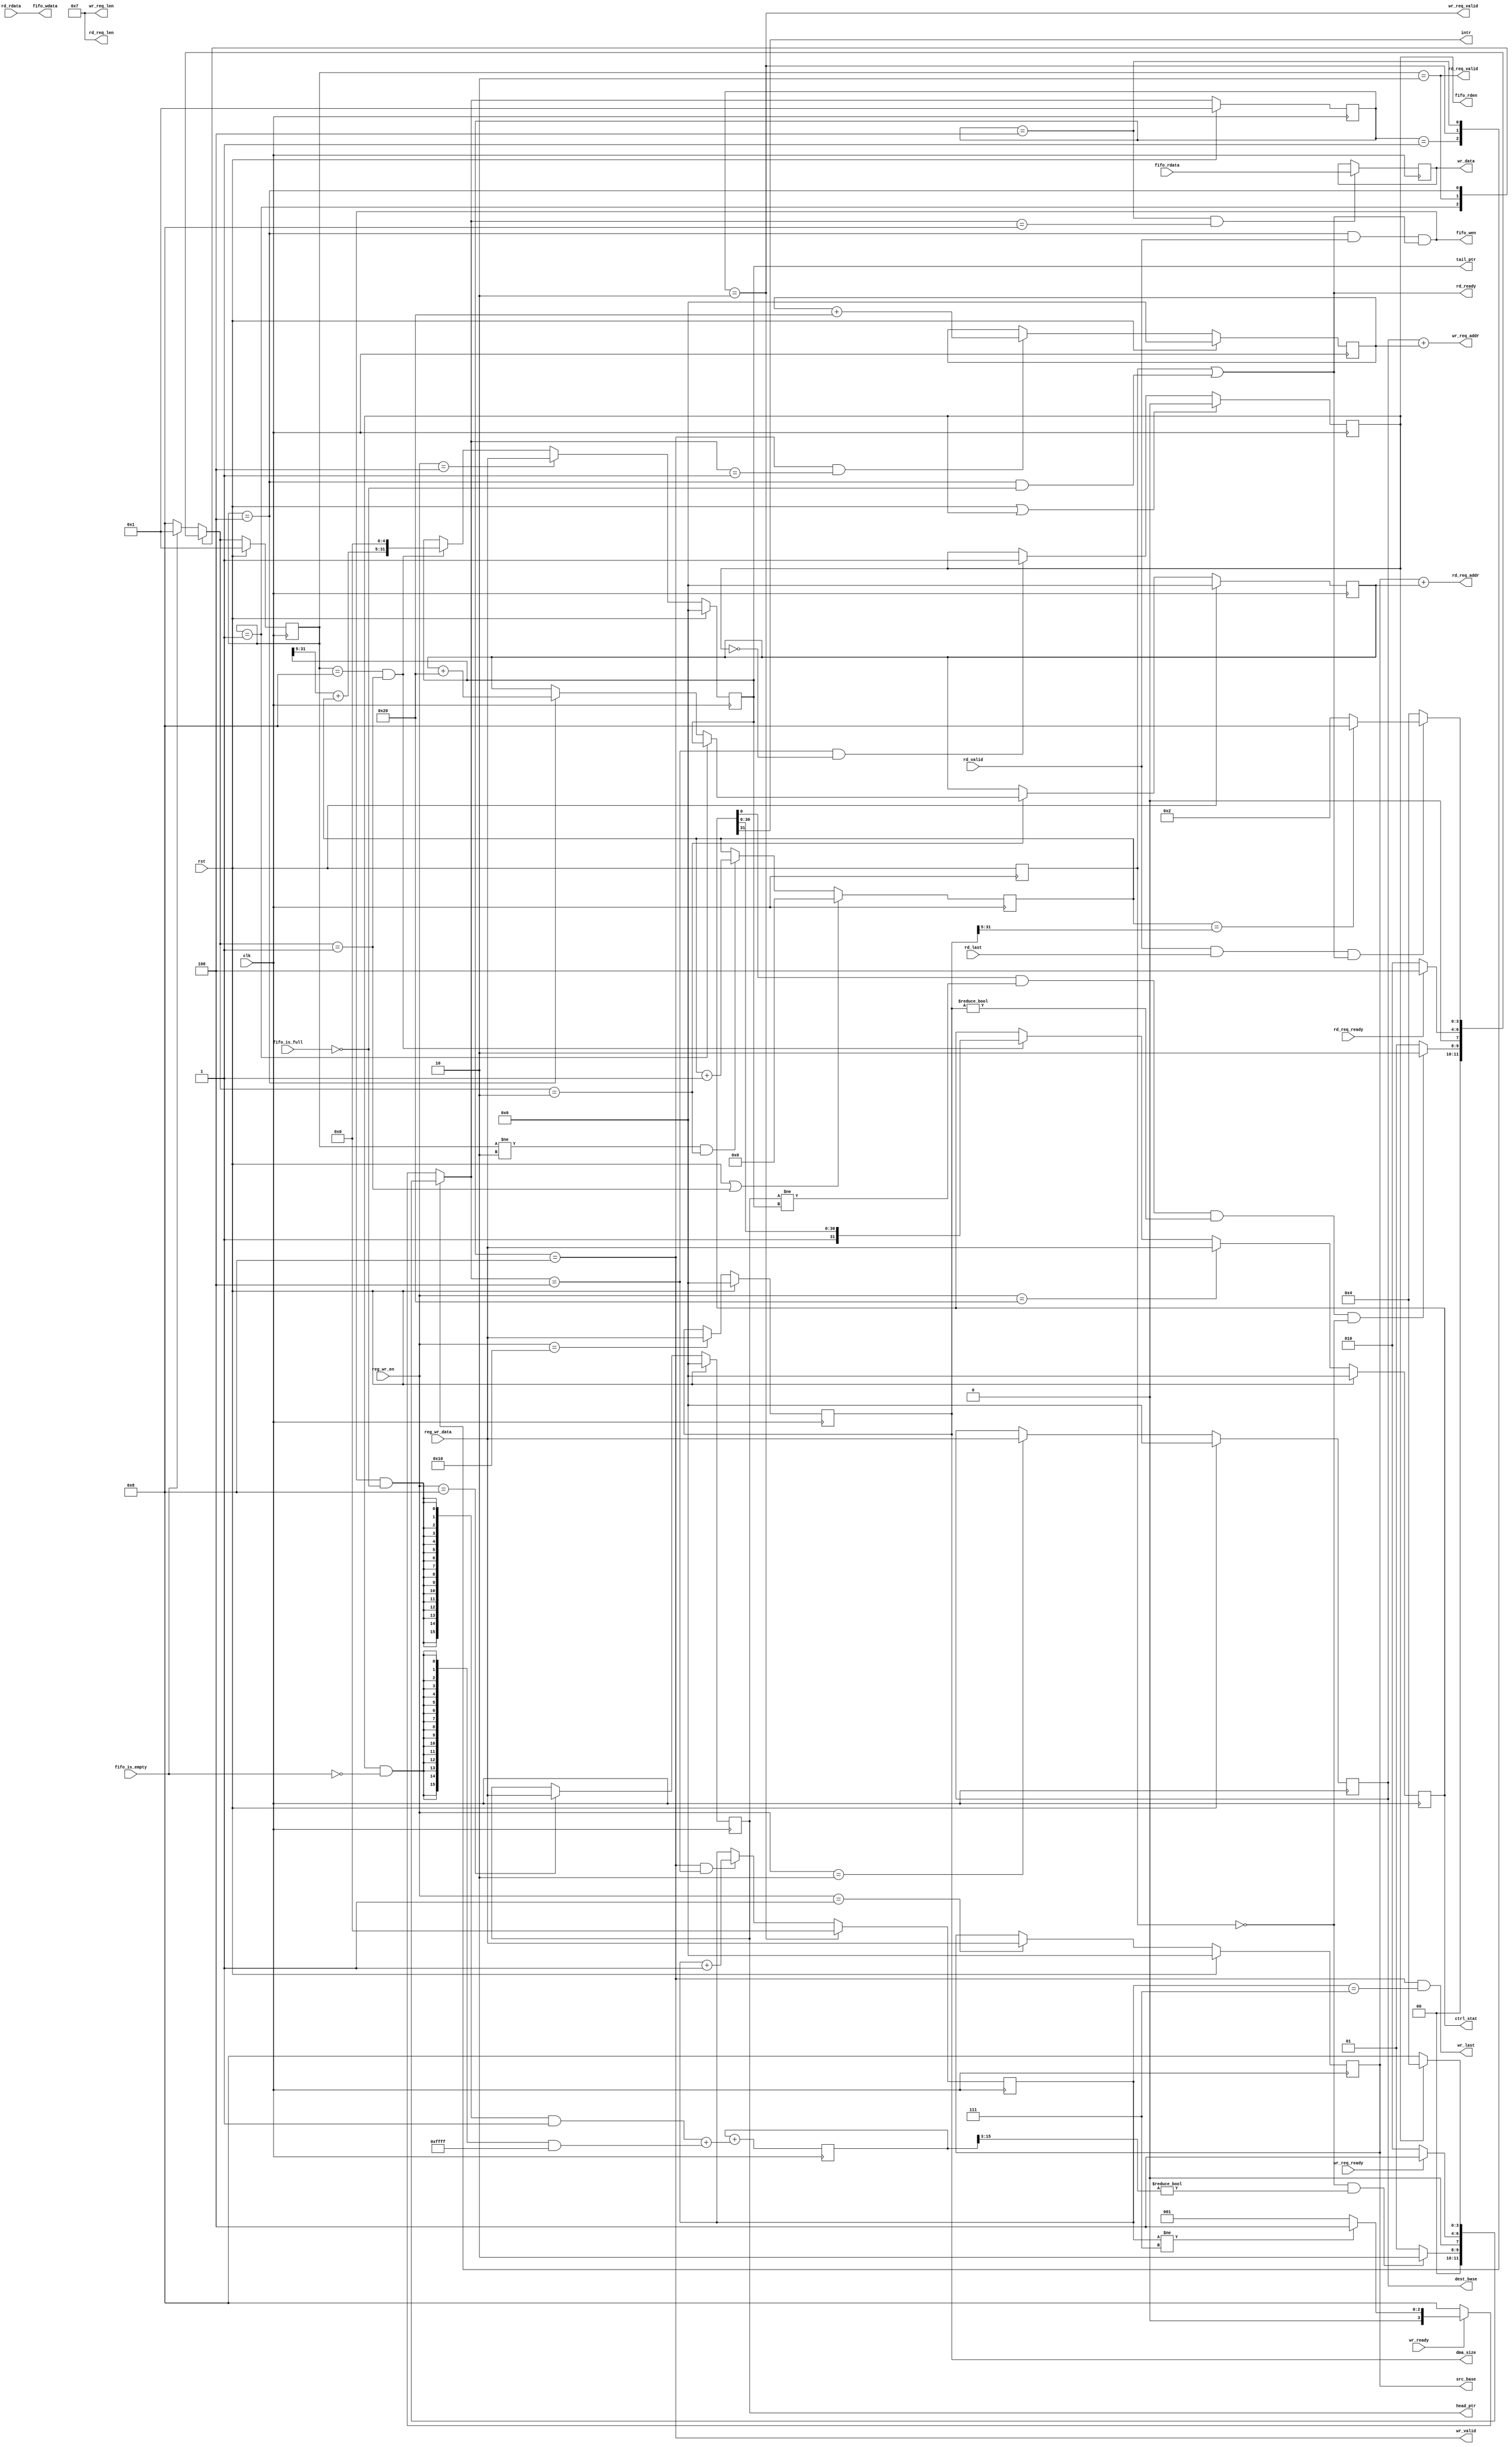
`timescale 1ns / 1ps
//////////////////////////////////////////////////////////////////////////////////
// Company: 
// 
// Design Name: 
// Module Name: dma_core
// Project Name: 
// Target Devices: 
// Tool Versions: 
// Description: 
// 
// Dependencies: 
// 
// Revision:
// Revision 0.01 - File Created
// Additional Comments:
// 
//////////////////////////////////////////////////////////////////////////////////


module engine_core #(
	parameter integer  DATA_WIDTH       = 32
)
(
	input    clk,
	input    rst,
	
	output reg [31:0]       src_base,
	output reg [31:0]       dest_base,
	output reg [31:0]       tail_ptr,
	output reg [31:0]       head_ptr,
	output reg [31:0]       dma_size,
	output reg [31:0]       ctrl_stat,

	input  [31:0]	    reg_wr_data,
	input  [ 5:0]       reg_wr_en,
  
	output              intr,
  
	output [31:0]       rd_req_addr,
	output [ 4:0]       rd_req_len,
	output              rd_req_valid,
	
	input               rd_req_ready,
	input  [31:0]       rd_rdata,
	input               rd_last,
	input               rd_valid,
	output              rd_ready,
	
	output [31:0]       wr_req_addr,
	output [ 4:0]       wr_req_len,
	output              wr_req_valid,
	input               wr_req_ready,
	output [31:0]       wr_data,
	output              wr_valid,
	input               wr_ready,
	output              wr_last,
	
	output reg          fifo_rden,
	output [31:0]       fifo_wdata,
	output              fifo_wen,

	input  [31:0]       fifo_rdata,
	input               fifo_is_empty,
	input               fifo_is_full
);
	// TODO: Please add your logic design here

	reg [26:0] Burst_ymr;	/* Counter of Burst */
	reg [4:0] Send_ymr;		/* Counter of sending of every Burst */
	reg [31:0] lsub_ptr, ssub_ptr;		/* Points to the address of current Burst */

	reg [31:0] FFR;	/* FIFO reg, which holds data read from it */
	reg [15:0] FIFO_ymr;	/* FIFO counter */

	reg [3:0] load_state, load_next;
	reg [3:0] store_state, store_next;
	reg IFR;	/* Initial flag reg */

	reg EFR;	/* Error flag reg. For DEBUG! */

	/* For FSM */
	localparam ls_WAIT = 4'h1, ls_LOAD = 4'h2,
		ls_RECV = 4'h4, ls_DONE = 4'h8;	/* Loading engine */
	localparam ss_WAIT = 4'h1, ss_STOR = 4'h2,
		ss_FFRD = 4'h4, ss_SEND = 4'h8;	/* Storing engine */

	/* reg writing signals */
	localparam w_SRC = 6'b000001, w_DEST = 6'b000010, w_TAIL = 6'b000100,
		w_HEAD = 6'b001000, w_SIZE = 6'b010000, w_CTRL = 6'b100000;

	/* FSM: 1 */
	always @ (posedge clk) begin
		if (rst)
			load_state <= ls_WAIT;
		else
			load_state <= load_next;
	end
	always @ (posedge clk) begin
		if (rst)
			store_state <= ss_WAIT;
		else
			store_state <= store_next;
	end

	/* FSM: 2 */
	always @ (*) begin
		case (load_state)
		ls_WAIT:
			if (ctrl_stat[0] && head_ptr != tail_ptr &&
			/* DMA::EN */
				/*!intr && */dma_size != 32'd0 && !IFR)
				load_next = ls_LOAD;
			else
				load_next = ls_WAIT;
		ls_LOAD:
			if (rd_req_ready)
				load_next = ls_RECV;
			else
				load_next = ls_LOAD;
		ls_RECV:
			if (!(rd_valid && rd_last && rd_ready))
				load_next = ls_RECV;
			else begin
				if (Burst_ymr == dma_size[31:5])
				/* One sub buffer has been finished */
					load_next = ls_DONE;
				else
					load_next = ls_LOAD;
			end
		default:	/* ls_DONE, wait for storing engine */
			if (fifo_is_empty)
				/* FIFO is empty */
				load_next = ls_WAIT;
			else
				load_next = ls_DONE;
		endcase
	end
	always @ (*) begin
		case (store_state)
		ss_WAIT:
			if (!IFR && FIFO_ymr[15:3] != 13'd0)
				/* FIFO_ymr >= 8 */
				store_next = ss_STOR;
			else
				store_next = ss_WAIT;
		ss_STOR:
			if (wr_req_ready)
				store_next = ss_FFRD;
			else
				store_next = ss_STOR;
		ss_FFRD:
			if (fifo_rden == 0)
				store_next = ss_SEND;
			else
				store_next = ss_FFRD;
		default:	/* ss_SEND */
			if (!wr_ready)
				store_next = ss_SEND;
			else begin
				if (Send_ymr != wr_req_len)
					store_next = ss_FFRD;
				else
					store_next = ss_WAIT;
			end
		endcase
	end

	assign intr = ctrl_stat[31];

	/* FIFO_ymr */
	always @ (posedge clk) begin
		FIFO_ymr <= FIFO_ymr + (
			({16{fifo_wen && !fifo_is_full}} & 16'd1) +	/* inc */
			({16{fifo_rden && !fifo_is_empty}} & ~16'd0)	/* dec */
		);
	end

	/* IFR */
	always @ (posedge clk) begin
		IFR <= rst;
	end

	/* src_base */
	always @ (posedge clk) begin
		if (rst)
			src_base <= 32'd0;
		else if (reg_wr_en == w_SRC)
			/* CPU writes */
			src_base <= reg_wr_data;
	end

	/* dest_base */
	always @ (posedge clk) begin
		if (rst)
			dest_base <= 32'd0;
		else if (reg_wr_en == w_DEST)
			dest_base <= reg_wr_data;
	end

	/* tail_ptr */
	always @ (posedge clk) begin
		if (rst)
			tail_ptr <= 32'd0;
		else if (reg_wr_en == w_TAIL)
			tail_ptr <= reg_wr_data;
		else if (load_state == ls_DONE && load_next == ls_WAIT)
			/* One sub buffer has been finished */
			tail_ptr <= { tail_ptr[31:5] + Burst_ymr,5'd0 };
	end

	/* head_ptr */
	always @ (posedge clk) begin
		if (rst)
			head_ptr <= 32'd0;
		else if (reg_wr_en == w_HEAD)
			head_ptr <= reg_wr_data;
	end

	/* dma_size */
	always @ (posedge clk) begin
		if (rst)
			dma_size <= 32'd0;
		else if (reg_wr_en == w_SIZE)
			dma_size <= reg_wr_data;
	end

	/* ctrl_stat */
	always @ (posedge clk) begin
		if (rst)
			ctrl_stat <= 32'd0;
		else if (reg_wr_en == w_CTRL)
			ctrl_stat <= reg_wr_data;
		else if (load_state == ls_DONE && load_next == ss_WAIT)
			/* Set interrupt signal */
			ctrl_stat <= { 1'd1,ctrl_stat[30:0] };
	end

	/* lsub_ptr */
	always @ (posedge clk) begin
		if (rst)
			lsub_ptr <= 32'd0;
		else if (load_next == ls_LOAD) begin
			if (load_state == ls_WAIT)
				/* new sub buffer */
				lsub_ptr <= tail_ptr;
				/* new Burst */
			else if (load_state == ls_RECV)
				lsub_ptr <= lsub_ptr + 32'd32;
		end
	end

	/* ssub_ptr */
	always @ (posedge clk) begin
		if (rst)
			ssub_ptr <= 32'd0;
		else if (store_state == ss_SEND && store_next == ss_WAIT)
			/* new Burst */
			ssub_ptr <= ssub_ptr + 32'd32;
	end

	/* FFR */
	always @ (posedge clk) begin
		if (store_state == ss_FFRD && store_next == ss_SEND)
			FFR <= fifo_rdata;
	end

	/* fifo_rden */
	always @ (posedge clk) begin
		if (rst || fifo_rden)
			fifo_rden <= 0;
		else if (store_next == ss_FFRD && fifo_rden == 0)
			fifo_rden <= 1;
	end

	/* Connect to main memory */
	assign rd_req_addr = src_base + lsub_ptr, wr_req_addr = dest_base + ssub_ptr,
		rd_req_len = 5'd7, wr_req_len = 5'd7,
		/* Only when FIFO is not full can rd_ready be 1 */
		rd_ready = (IFR || load_state == ls_RECV && !fifo_is_full),
		wr_data = FFR, wr_valid = (store_state == ss_SEND),
		wr_last = (wr_valid && Send_ymr == wr_req_len),
		rd_req_valid = (load_state == ls_LOAD), wr_req_valid = (store_state == ss_STOR);

	/* Connect to FIFO */
	assign fifo_wdata = rd_rdata,
		fifo_wen = (load_state == ls_RECV && rd_valid && rd_ready);

	/* Send_ymr */
	always @ (posedge clk) begin
		if (store_state == ss_STOR)
			/* clear */
			Send_ymr <= 5'd0;
		else if (store_state == ss_SEND && store_next == ss_FFRD)
			Send_ymr <= Send_ymr + 5'd1;
	end

	/* Burst_ymr */
	always @ (posedge clk) begin
		if (rst || load_next == ls_WAIT)
			Burst_ymr <= 27'd0;
		else if (load_state != ls_LOAD && load_next == ls_LOAD)
			/* Begin a new Burst */
			Burst_ymr <= Burst_ymr + 27'd1;
	end

	/* EFR */
	always @ (posedge clk) begin
		if (rst)
			EFR <= 0;
		else if (fifo_is_empty && fifo_rden ||
			fifo_is_full && fifo_wen)
			/* Error occurs */
			EFR <= 1;
	end
endmodule